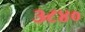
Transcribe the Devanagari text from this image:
३८४०